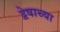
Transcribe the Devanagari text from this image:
द्वेषाच्या